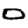
Digit: 0